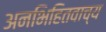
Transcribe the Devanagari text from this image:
अनभिहितवाच्य